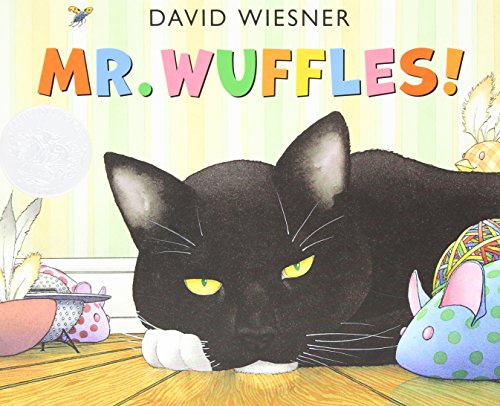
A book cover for Mr. Wuffles! (Caldecott Medal - Honors Winning Title(s)); David Wiesner; Children's Books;